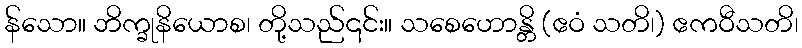
န်သော။ ဘိက္ခုနိယောစ၊ တို့သည်၎င်း။ သစေဟောန္တိ (ဧဝံ သတိ၊) ဧကဝီသတိ၊